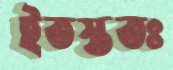
ইতস্ততঃ